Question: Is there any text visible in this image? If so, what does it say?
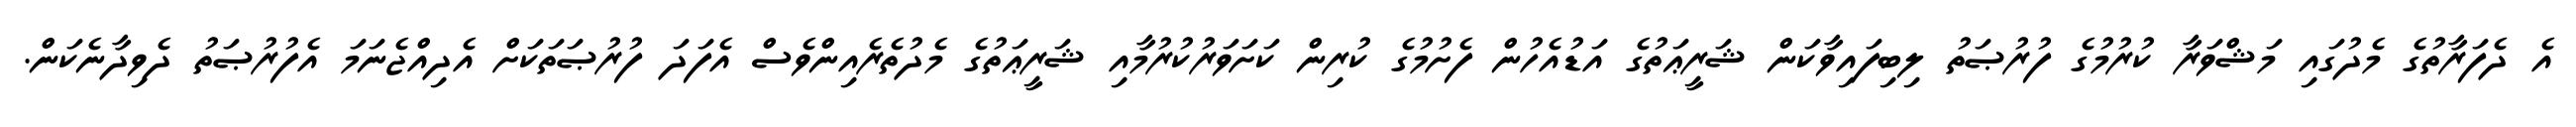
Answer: އެ ދެފަރާތުގެ މެދުގައި މަޝްވަރާ ކުރުމުގެ ފުރުޞަތު ލިބިފައިވާކަން ޝަރީޢަތުގެ އަޑުއެހުން ފެށުމުގެ ކުރިން ކަށަވަރުކުރުމާއި ޝަރީޢަތުގެ މެދުތެރެއިންވެސް އެފަދަ ފުރުޞަތަކަށް އެދިއްޖެނަމަ އެފުރުޞަތު ދެވިދާނެކަން.